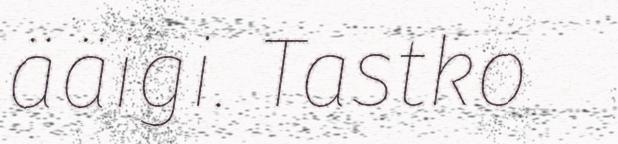
ääigi. Tastko